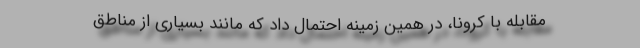
مقابله با کرونا، در همین زمینه احتمال داد که مانند بسیاری از مناطق